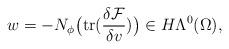
LaTeX: \begin{align*} w=-N_{\phi}\big(\mathrm{tr}(\frac{\delta\mathcal{F}}{\delta v})\big)\in H\Lambda^{0}(\Omega), \end{align*}